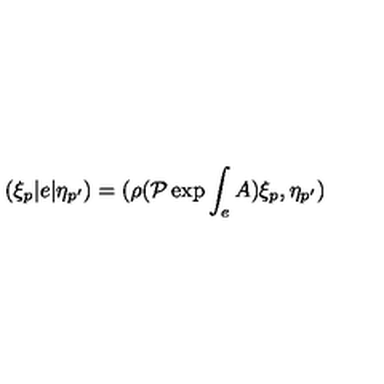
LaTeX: ( \xi _ { p } | e | \eta _ { p ^ { \prime } } ) = ( \rho ( { \cal P } \exp { \int _ { e } A } ) \xi _ { p } , \eta _ { p ^ { \prime } } )